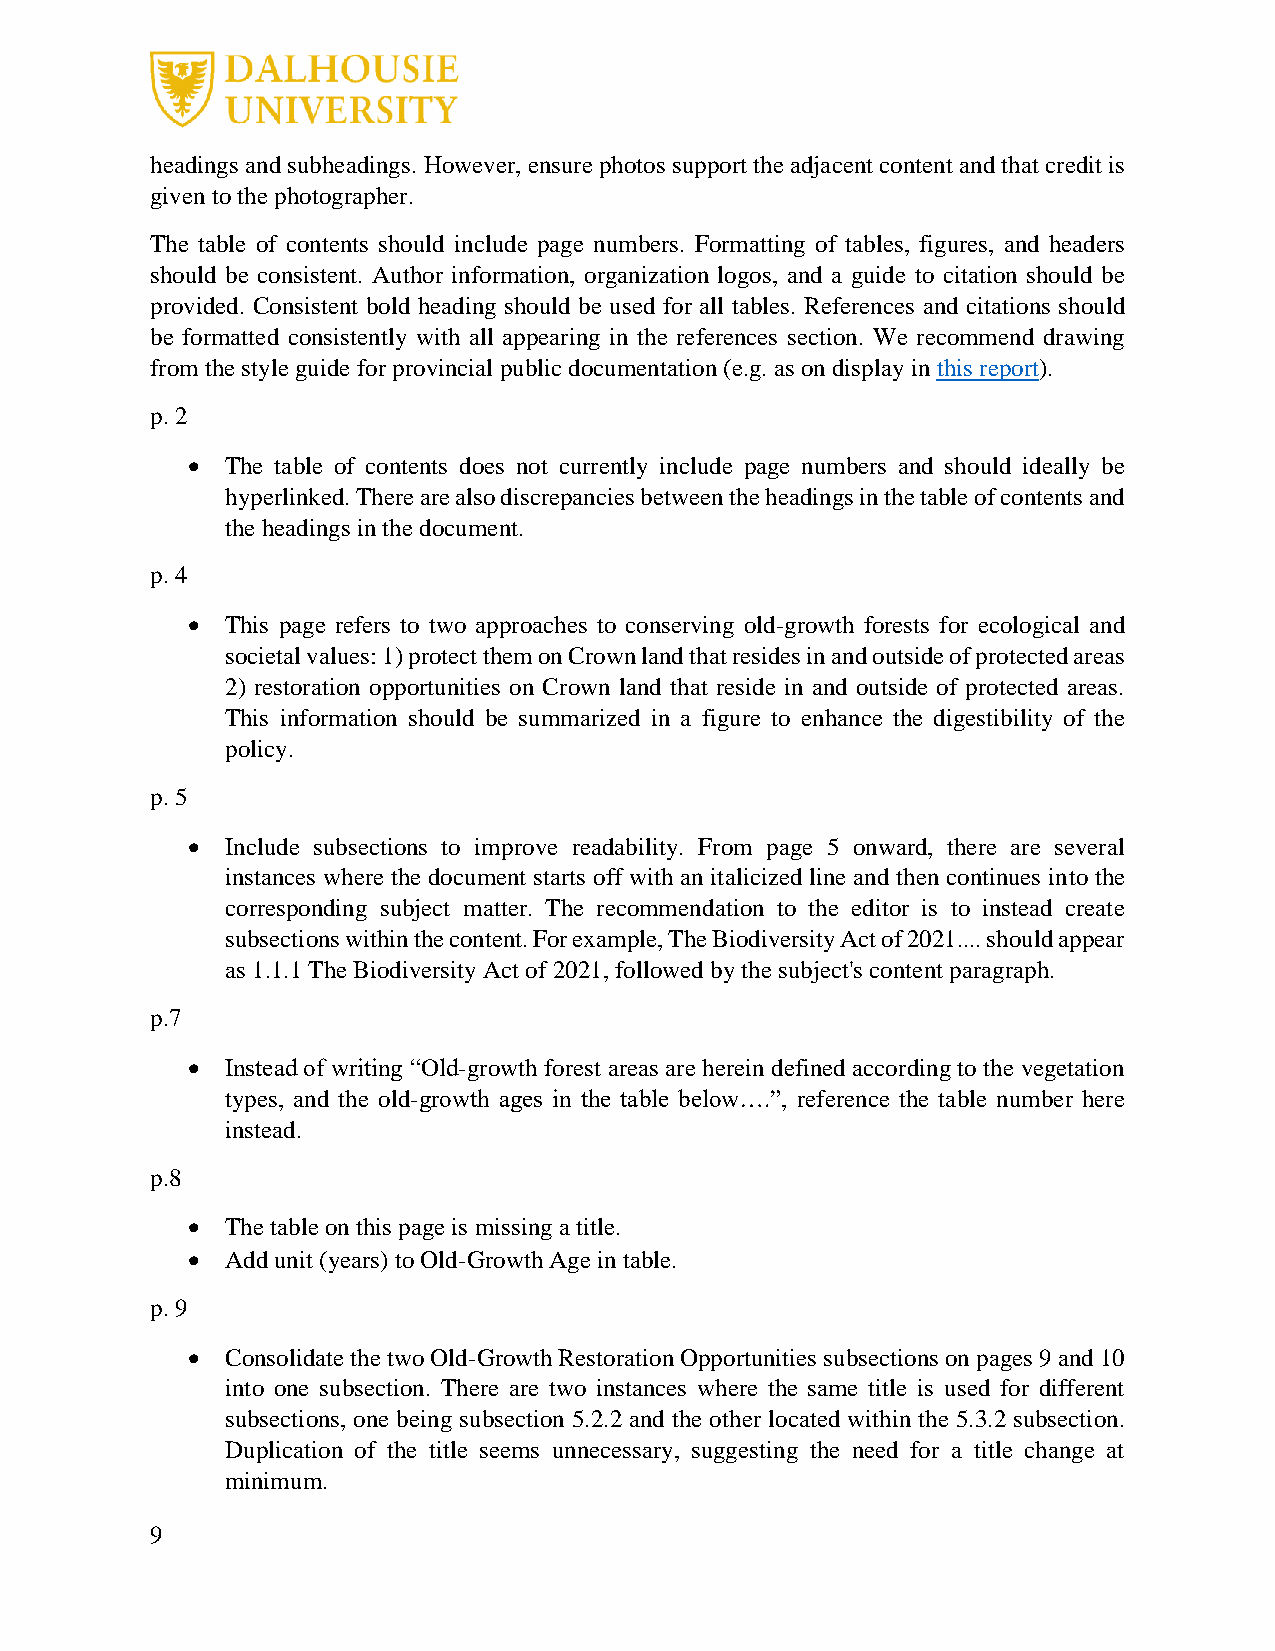
headings and subheadings. However, ensure photos support the adjacent content and that credit is
 given to the photographer.
 The table of contents should include page numbers. Formatting of tables, figures, and headers
 should be consistent. Author information, organization logos, and a guide to citation should be
 provided. Consistent bold heading should be used for all tables. References and citations should
 be formatted consistently with all appearing in the references section. We recommend drawing
 from the style guide for provincial public documentation (e.g. as on display in this report).
 p. 2
 •  The table of contents does not currently include page numbers and should ideally be
 hyperlinked. There are also discrepancies between the headings in the table of contents and
 the headings in the document.
 p. 4
 •  This page refers to two approaches to conserving old-growth forests for ecological and
 societal values: 1) protect them on Crown land that resides in and outside of protected areas
 2) restoration opportunities on Crown land that reside in and outside of protected areas.
 This information should be summarized in a figure to enhance the digestibility of the
 policy.
 p. 5
 •  Include subsections to improve readability. From page 5 onward, there are several
 instances where the document starts off with an italicized line and then continues into the
 corresponding subject matter. The recommendation to the editor is to instead create
 subsections within the content. For example, The Biodiversity Act of 2021.... should appear
 as 1.1.1 The Biodiversity Act of 2021, followed by the subject's content paragraph.
 p.7
 •  Instead of writing “Old-growth forest areas are herein defined according to the vegetation
 types, and the old-growth ages in the table below….”, reference the table number here
 instead.
 p.8
 •  The table on this page is missing a title.
 •  Add unit (years) to Old-Growth Age in table.
 p. 9
 •  Consolidate the two Old-Growth Restoration Opportunities subsections on pages 9 and 10
 into one subsection. There are two instances where the same title is used for different
 subsections, one being subsection 5.2.2 and the other located within the 5.3.2 subsection.
 Duplication of the title seems unnecessary, suggesting the need for a title change at
 minimum.
 9